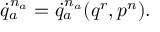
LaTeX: \dot { q } _ { a } ^ { n _ { a } } = \dot { q } _ { a } ^ { n _ { a } } ( q ^ { r } , p ^ { n } ) .